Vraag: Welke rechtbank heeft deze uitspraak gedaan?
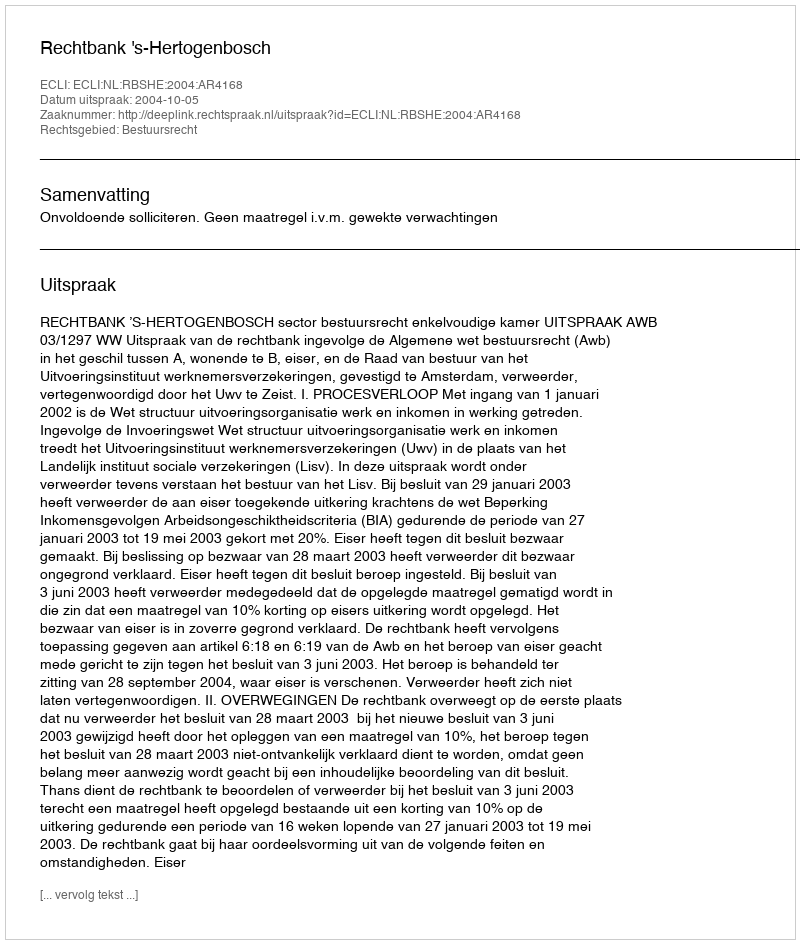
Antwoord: Rechtbank 's-Hertogenbosch